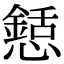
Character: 懖